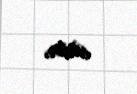
edilir.